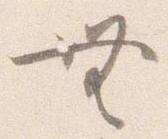
無